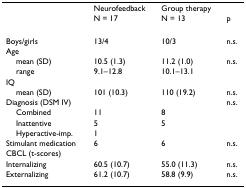
<table><thead><tr><td></td><td><b>Neurofeedback</b></td><td><b>Group therapy</b></td><td></td></tr><tr><td></td><td><b>N = 17</b></td><td><b>N = 13</b></td><td><b>p</b></td></tr></thead><tbody><tr><td>Boys/girls</td><td>13/4</td><td>10/3</td><td>n.s.</td></tr><tr><td>Age</td><td></td><td></td><td></td></tr><tr><td> mean (SD)</td><td>10.5 (1.3)</td><td>11.2 (1.0)</td><td>n.s.</td></tr><tr><td> range</td><td>9.1–12.8</td><td>10.1–13.1</td><td></td></tr><tr><td>IQ</td><td></td><td></td><td></td></tr><tr><td> mean (SD)</td><td>101 (10.3)</td><td>110 (19.2)</td><td>n.s.</td></tr><tr><td>Diagnosis (DSM IV)</td><td></td><td></td><td>n.s.</td></tr><tr><td> Combined</td><td>11</td><td>8</td><td></td></tr><tr><td> Inattentive</td><td>5</td><td>5</td><td></td></tr><tr><td> Hyperactive-imp.</td><td>1</td><td></td><td></td></tr><tr><td>Stimulant medication</td><td>6</td><td>6</td><td>n.s.</td></tr><tr><td>CBCL (t-scores)</td><td></td><td></td><td></td></tr><tr><td>Internalizing</td><td>60.5 (10.7)</td><td>55.0 (11.3)</td><td>n.s.</td></tr><tr><td>Externalizing</td><td>61.2 (10.7)</td><td>58.8 (9.9)</td><td>n.s.</td></tr></tbody></table>